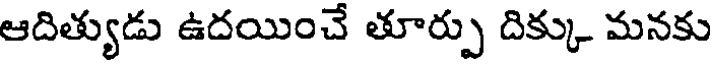
ఆదిత్యుడు ఉదయించే తూర్పు దిక్కు మనకు